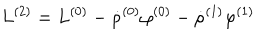
L ^ { ( 2 ) } = L ^ { ( 0 ) } - \dot { \rho } ^ { ( 0 ) } \varphi ^ { ( 0 ) } - \dot { \rho } ^ { ( 1 ) } \varphi ^ { ( 1 ) }